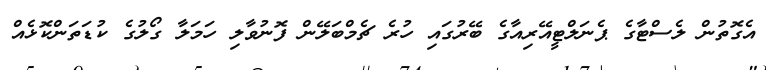
އެގޮތުން ލެސްޓާގެ ޕެނަލްޓީއޭރިއާގެ ބޭރުގައި ހުރެ ޗެމްބަލޭން ފޮނުވާލި ހަމަލާ ގޯލުގެ ކުޑަތަންކޮޅެއް